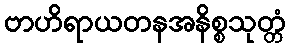
ဗာဟိရာယတနအနိစ္စသုတ္တံ